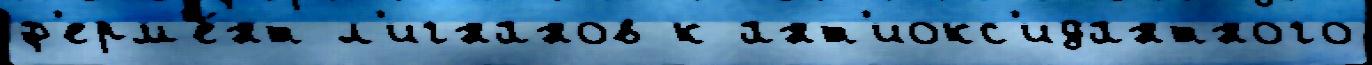
ф'ерм'е́нт л'игнанов к ант'иокс'идантного